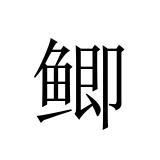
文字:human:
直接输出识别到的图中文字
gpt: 鲫